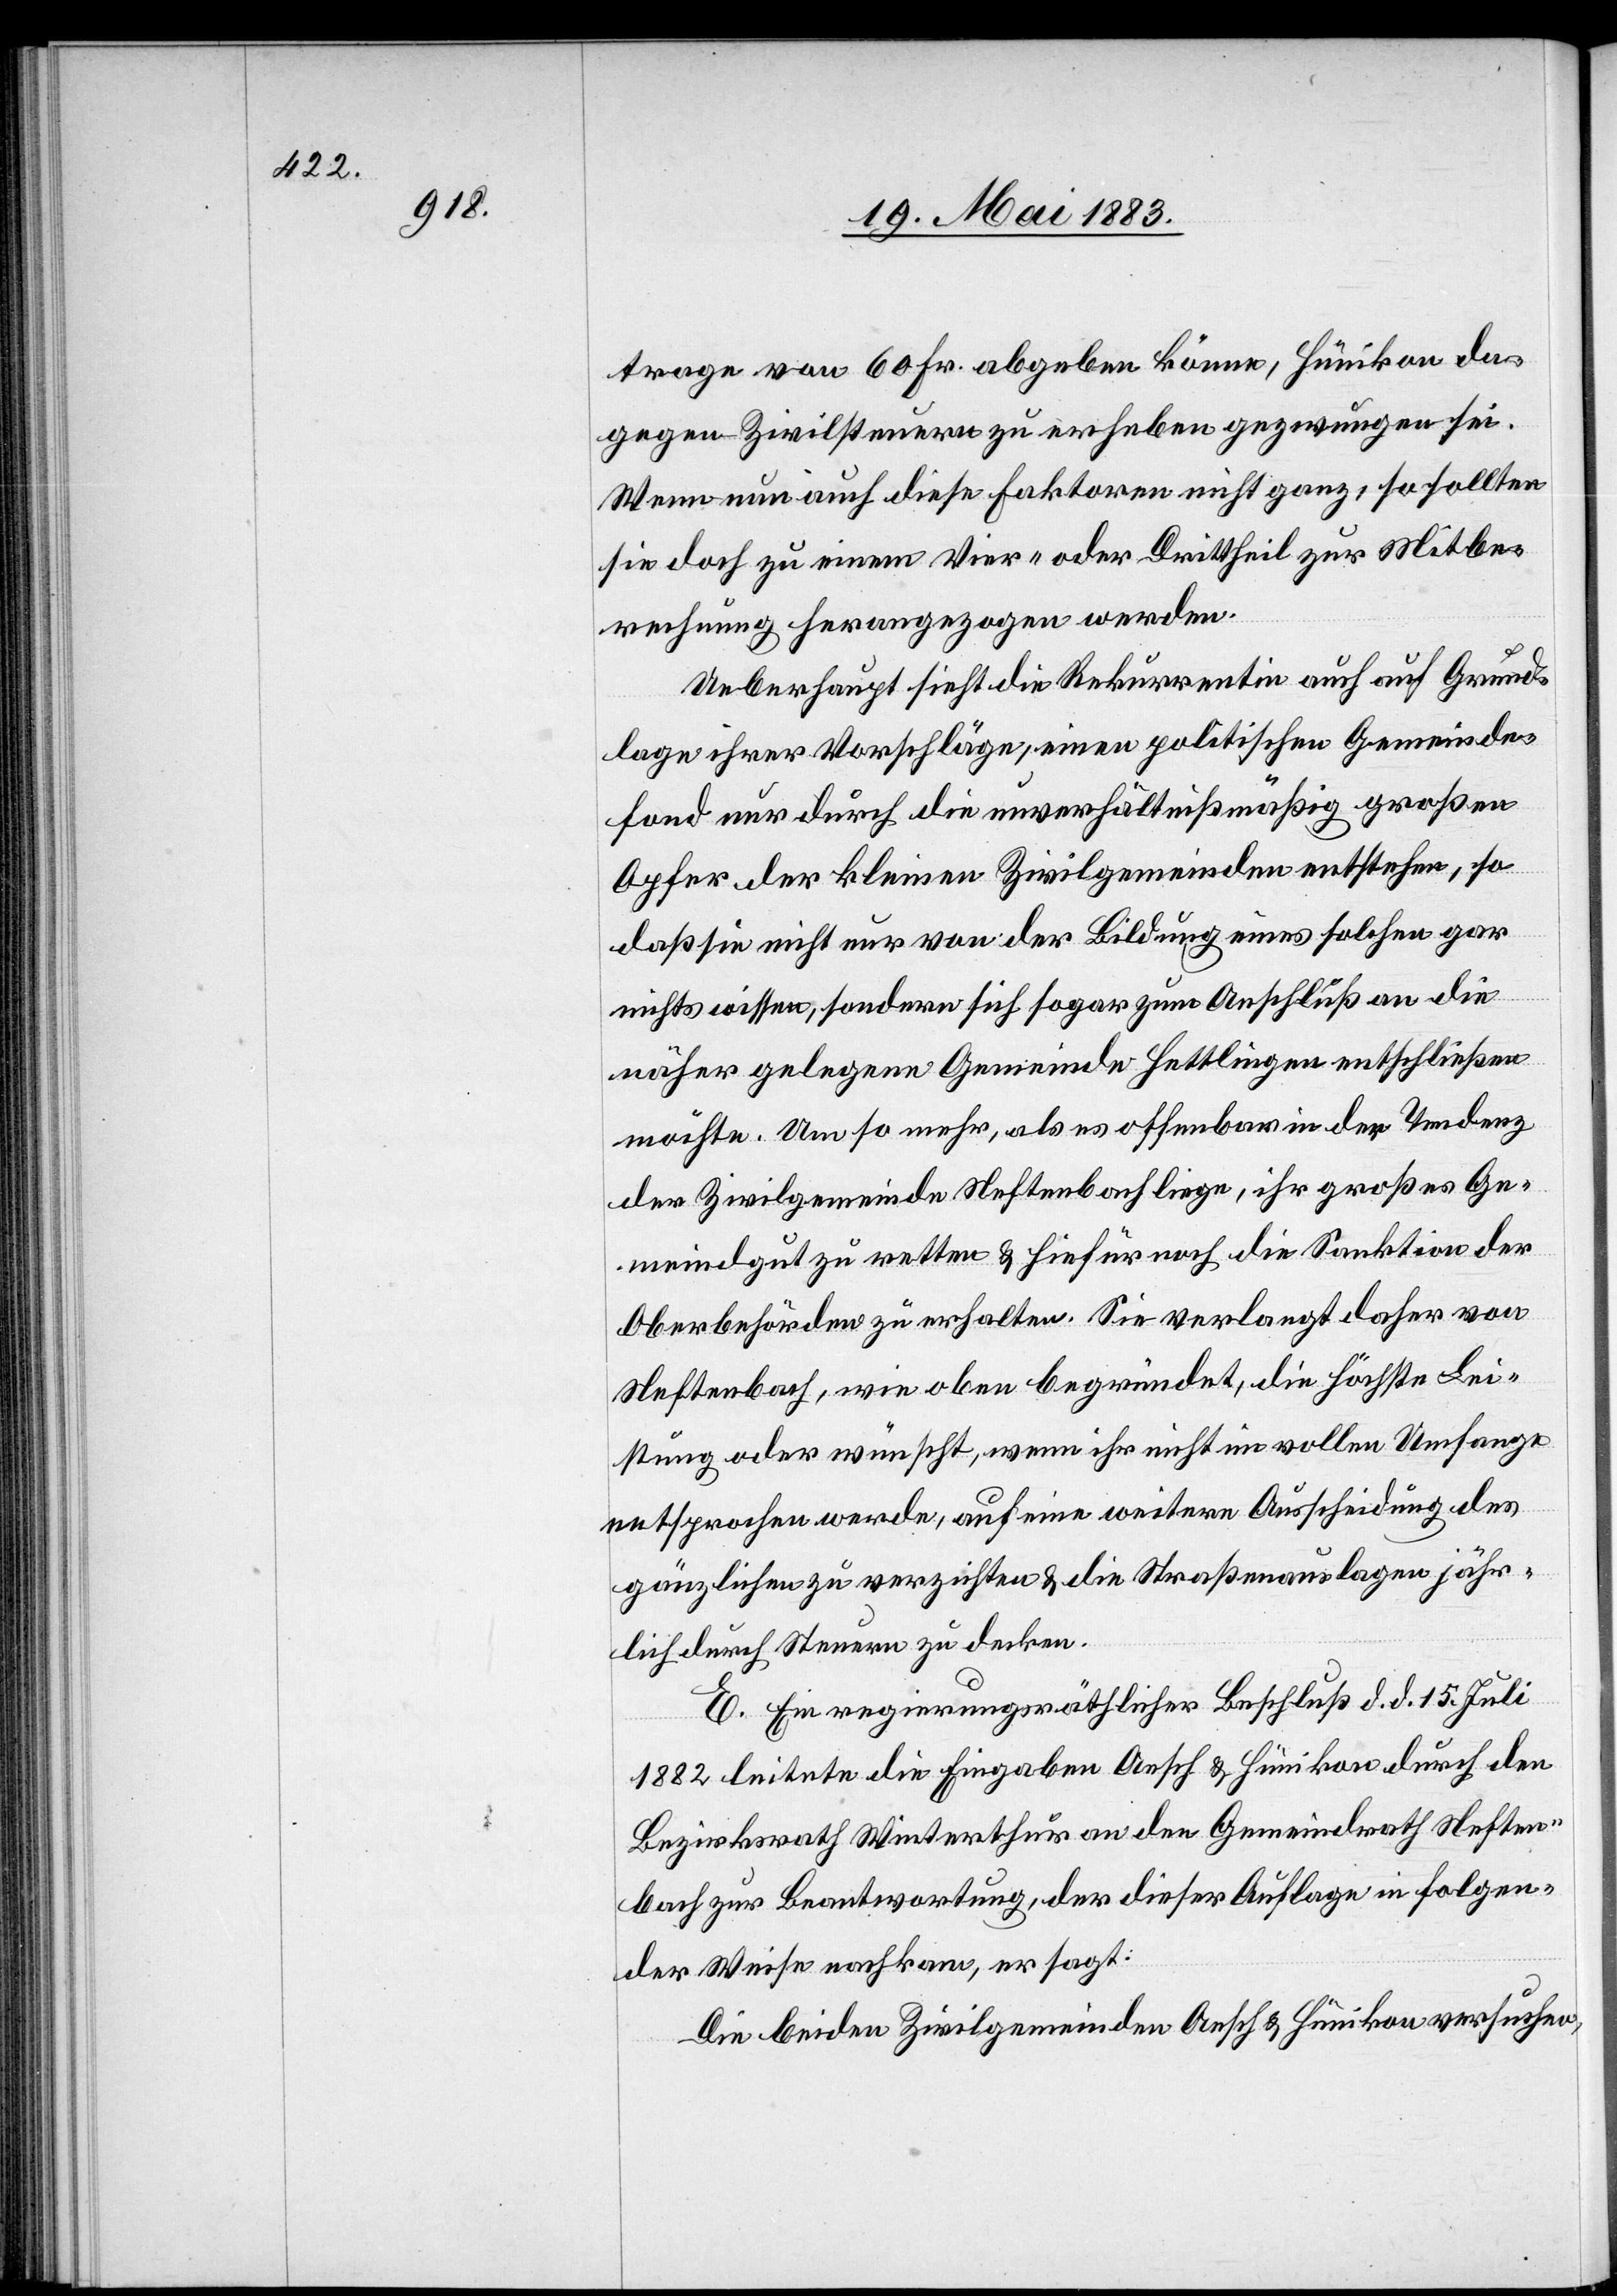
trage von 60 Fr. abgeben könne, Hünikon da¬
gegen Zivilsteuern zu erheben gezwungen sei.
Wenn nun auch diese Faktoren nicht ganz, so sollten
sie doch zu einem Vier- oder Drittheil zur Mitbe¬
rechnung herangezogen werden.
Ueberhaupt sieht die Rekurrentin auch auf Grund¬
lage ihrer Vorschläge, einen politischen Gemeinde¬
fond nur durch die unverhältnißmäßig großen
Opfer der kleinen Zivilgemeinden entstehen, so
daß sie nicht nur von der Bildung eines solchen gar
nichts wissen, sondern sich sogar zum Anschluß an die
näher gelegene Gemeinde Hettlingen entschließen
möchte. Um so mehr, als es offenbar in der Tendenz
der Zivilgemeinde Neftenbach liege, ihr großes Ge¬
meindegut zu retten & hiefür noch die Sanktionen der
Oberbehörden zu erhalten. Sie verlangt daher von
Neftenbach, wie oben begründet, die höchste Lei¬
stung oder wünscht, wenn ihr nicht im vollen Umfange
entsprochen werde, auf eine weitere Ausscheidung des
gänzlichen zu verzichten & die Straßenauslagen jähr¬
lich durch Steuern zu decken.
E. Ein regierungsräthlicher Beschluß d. d. 15. Juli
1882 leitete die Eingaben Aesch & Hünikon durch den
Bezirksrath Winterthur an den Gemeindrath Neften¬
bach zur Beantwortung, der dieser Auflage in folgen¬
der Weise nachkam, er sagt:
Die beiden Zivilgemeinden Aesch & Hünikon versuchen,